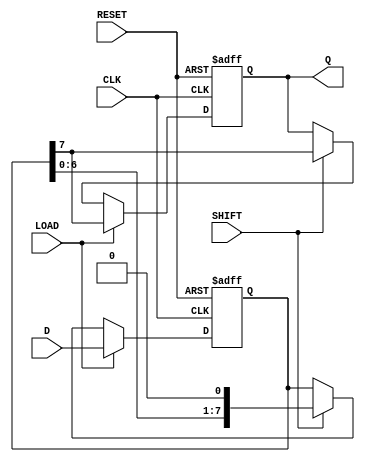
module PISO_Register #(
    parameter WIDTH = 8  // Parameter to define the width of the register
)(
    input  wire [WIDTH-1:0] D,     // Parallel Data Input
    input  wire LOAD,                // Load Control Signal
    input  wire SHIFT,               // Shift Control Signal
    input  wire CLK,                 // Clock Signal
    input  wire RESET,               // Asynchronous Reset
    output reg Q                    // Serial Output
);

    reg [WIDTH-1:0] shift_reg;      // Internal Shift Register

    // Asynchronous Reset and Load on rising edge of the clock
    always @(posedge CLK or posedge RESET) begin
        if (RESET) begin
            shift_reg <= 0;          // Clear the register
            Q <= 0;                  // Clear the output
        end else if (LOAD) begin
            shift_reg <= D;          // Load the parallel input into the register
            Q <= shift_reg[WIDTH-1]; // Set Q to MSB
        end else if (SHIFT) begin
            Q <= shift_reg[WIDTH-1];  // Update the output to the MSB
            shift_reg <= {shift_reg[WIDTH-2:0], 1'b0}; // Shift left (MSB out, LSB in is 0)
        end
    end

endmodule